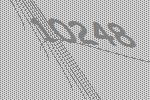
10248